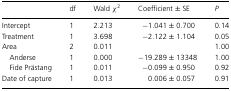
<table><thead><tr><td></td><td><b>df</b></td><td><b>Wald χ<sup>2</sup></b></td><td><b>Coefficient ± SE</b></td><td><b><i>P</i></b></td></tr></thead><tbody><tr><td>Intercept</td><td>1</td><td>2.213</td><td>−1.041 ± 0.700</td><td>0.14</td></tr><tr><td>Treatment</td><td>1</td><td>3.698</td><td>−2.122 ± 1.104</td><td>0.05</td></tr><tr><td>Area</td><td>2</td><td>0.011</td><td></td><td>1.00</td></tr><tr><td> Anderse</td><td>1</td><td>0.000</td><td>−19.289 ± 13348</td><td>1.00</td></tr><tr><td> Fide Prästang</td><td>1</td><td>0.011</td><td>−0.099 ± 0.950</td><td>0.92</td></tr><tr><td>Date of capture</td><td>1</td><td>0.013</td><td>0.006 ± 0.057</td><td>0.91</td></tr></tbody></table>